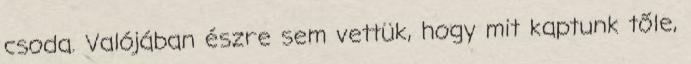
csoda. Valójában észre sem vettük, hogy mit kaptunk tőle,